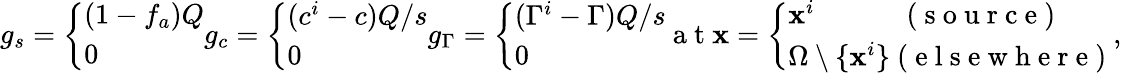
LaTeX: \begin{array}{r}{g_{s}=\left\{ \begin{array}{ll}{(1-f_{a})Q}\\ {0}\end{array}\right.g_{c}=\left\{ \begin{array}{ll}{(c^{i}-c)Q/s}\\ {0}\end{array}\right.g_{\Gamma}=\left\{ \begin{array}{ll}{(\Gamma^{i}-\Gamma)Q/s}\\ {0}\end{array}\right.\mathrm{~a~t~}{\mathbf x}=\left\{ \begin{array}{ll}{{\mathbf x}^{i}\qquad\quad\mathrm{~(~s~o~u~r~c~e~)~}}\\ {\Omega\setminus\{ {\mathbf x}^{i}\} \mathrm{~(~e~l~s~e~w~h~e~r~e~)~}}\end{array}\right.,}\end{array}